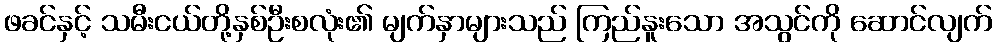
ဖခင်နှင့် သမီးငယ်တို့နှစ်ဦးစလုံး၏ မျက်နှာများသည် ကြည်နူးသော အသွင်ကို ဆောင်လျက်